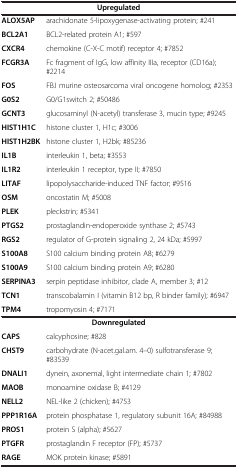
<table><thead><tr><td colspan="2"><b>Upregulated</b></td></tr></thead><tbody><tr><td><b>ALOX5AP</b></td><td>arachidonate 5-lipoxygenase-activating protein; #241</td></tr><tr><td><b>BCL2A1</b></td><td>BCL2-related protein A1; #597</td></tr><tr><td><b>CXCR4</b></td><td>chemokine (C-X-C motif) receptor 4; #7852</td></tr><tr><td><b>FCGR3A</b></td><td>Fc fragment of IgG, low affinity IIIa, receptor (CD16a); #2214</td></tr><tr><td><b>FOS</b></td><td>FBJ murine osteosarcoma viral oncogene homolog; #2353</td></tr><tr><td><b>G0S2</b></td><td>G0/G1switch 2; #50486</td></tr><tr><td><b>GCNT3</b></td><td>glucosaminyl (N-acetyl) transferase 3, mucin type; #9245</td></tr><tr><td><b>HIST1H1C</b></td><td>histone cluster 1, H1c; #3006</td></tr><tr><td><b>HIST1H2BK</b></td><td>histone cluster 1, H2bk; #85236</td></tr><tr><td><b>IL1B</b></td><td>interleukin 1, beta; #3553</td></tr><tr><td><b>IL1R2</b></td><td>interleukin 1 receptor, type II; #7850</td></tr><tr><td><b>LITAF</b></td><td>lipopolysaccharide-induced TNF factor; #9516</td></tr><tr><td><b>OSM</b></td><td>oncostatin M; #5008</td></tr><tr><td><b>PLEK</b></td><td>pleckstrin; #5341</td></tr><tr><td><b>PTGS2</b></td><td>prostaglandin-endoperoxide synthase 2; #5743</td></tr><tr><td><b>RGS2</b></td><td>regulator of G-protein signaling 2, 24 kDa; #5997</td></tr><tr><td><b>S100A8</b></td><td>S100 calcium binding protein A8; #6279</td></tr><tr><td><b>S100A9</b></td><td>S100 calcium binding protein A9; #6280</td></tr><tr><td><b>SERPINA3</b></td><td>serpin peptidase inhibitor, clade A, member 3; #12</td></tr><tr><td><b>TCN1</b></td><td>transcobalamin I (vitamin B12 bp, R binder family); #6947</td></tr><tr><td><b>TPM4</b></td><td>tropomyosin 4; #7171</td></tr><tr><td colspan="2"><b>Downregulated</b></td></tr><tr><td><b>CAPS</b></td><td>calcyphosine; #828</td></tr><tr><td><b>CHST9</b></td><td>carbohydrate (N-acet.gal.am. 4–0) sulfotransferase 9; #83539</td></tr><tr><td><b>DNALI1</b></td><td>dynein, axonemal, light intermediate chain 1; #7802</td></tr><tr><td><b>MAOB</b></td><td>monoamine oxidase B; #4129</td></tr><tr><td><b>NELL2</b></td><td>NEL-like 2 (chicken); #4753</td></tr><tr><td><b>PPP1R16A</b></td><td>protein phosphatase 1, regulatory subunit 16A; #84988</td></tr><tr><td><b>PROS1</b></td><td>protein S (alpha); #5627</td></tr><tr><td><b>PTGFR</b></td><td>prostaglandin F receptor (FP); #5737</td></tr><tr><td><b>RAGE</b></td><td>MOK protein kinase; #5891</td></tr></tbody></table>